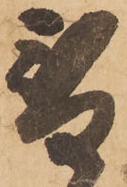
替